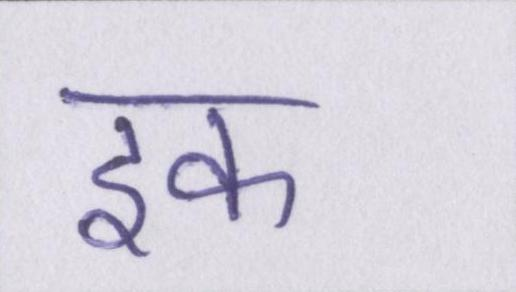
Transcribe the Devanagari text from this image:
इक